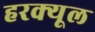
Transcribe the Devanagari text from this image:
हरक्यूल